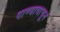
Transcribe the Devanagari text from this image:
पाण्यावाचून